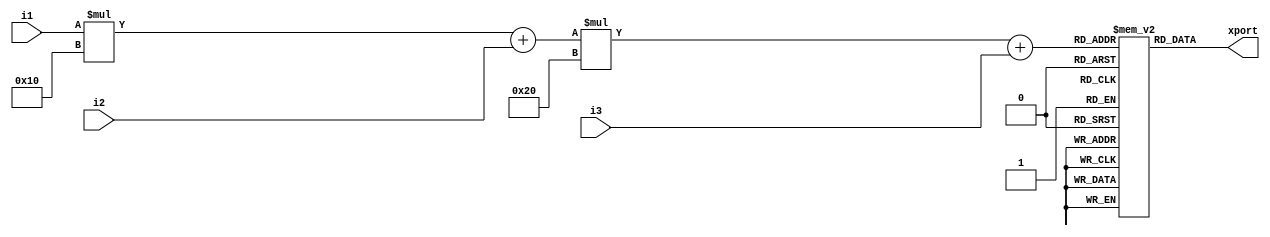
`timescale 1ns / 1ps
//////////////////////////////////////////////////////////////////////////////////
// Company: 
// Engineer: 
// 
// Design Name: 
// Module Name: multi_array
// Project Name: 
// Target Devices: 
// Tool Versions: 
// Description: 
// 
// Dependencies: 
// 
// Revision:
// Revision 0.01 - File Created
// Additional Comments:
// 
//////////////////////////////////////////////////////////////////////////////////


module multi_array(
    input [2:0] i1,
    input [3:0] i2,
    input [4:0] i3,
    output [7:0] xport
    );
    
reg [7:0] block[7:0][15:0][31:0];

initial block[1][2][3] = 5;
initial block[4][5][6] = 15;

assign xport = block[i1][i2][i3];

endmodule